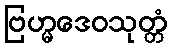
ဗြဟ္မဒေဝသုတ္တံ